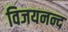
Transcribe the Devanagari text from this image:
विजयनन्द